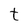
Character: t